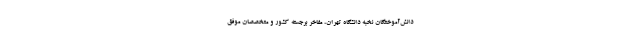
دانش‌آموختگان نخبه دانشگاه تهران، مفاخر برجسته کشور و متخصصان موفق